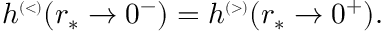
\begin{array} { r } { h ^ { \scriptscriptstyle ( < ) } ( r _ { * } \to 0 ^ { - } ) = h ^ { \scriptscriptstyle ( > ) } ( r _ { * } \to 0 ^ { + } ) . } \end{array}